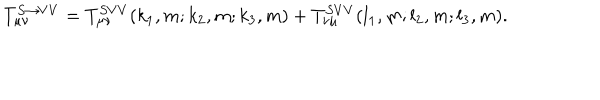
T _ { \mu \nu } ^ { S \rightarrow V V } = T _ { \mu \nu } ^ { S V V } ( k _ { 1 } , m ; k _ { 2 } , m ; k _ { 3 } , m ) + T _ { \nu \mu } ^ { S V V } ( l _ { 1 } , m ; l _ { 2 } , m ; l _ { 3 } , m ) .